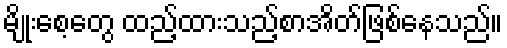
မျိုးစေ့တွေ ထည့်ထားသည့်စာအိတ်ဖြစ်နေသည်။